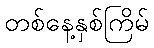
တစ်နေ့နှစ်ကြိမ်